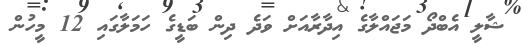
ޝާލީ އެބްދޯ މަޖައްލާގެ އިދާރާއަށް ވަދެ ދިން ބަޑީގެ ހަމަލާގައި 12 މީހުން